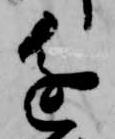
進